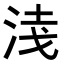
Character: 𭰦